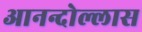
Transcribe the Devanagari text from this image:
आनन्दोल्लास